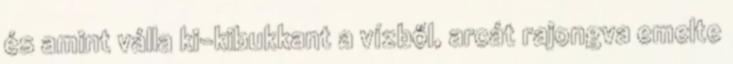
és amint válla ki-kibukkant a vízből, arcát rajongva emelte